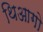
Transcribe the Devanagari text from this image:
थिआगो